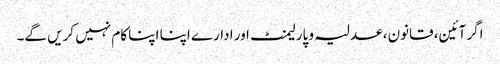
اگر آئین، قانون، عدلیہ و پارلیمنٹ ا ور ادارے اپنا اپنا کام نہیں کریں گے۔